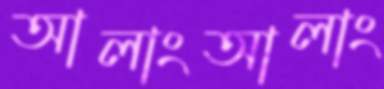
আলাংআলাং